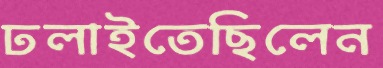
ঢলাইতেছিলেন